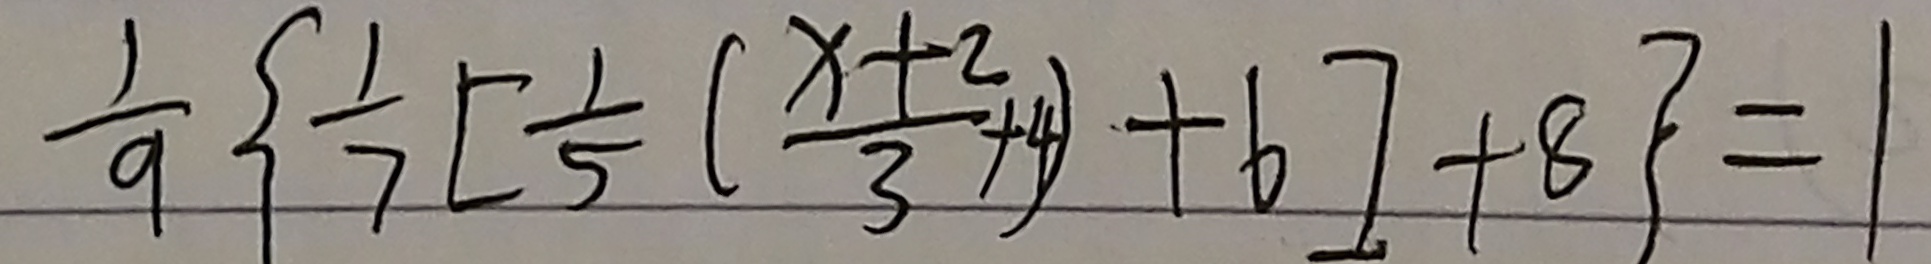
\frac { 1 } { 9 } \{ \frac { 1 } { 7 } [ \frac { 1 } { 5 } ( \frac { x + 2 } { 3 } + 4 ) + 6 ] + 8 \} = 1